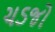
ચડજો